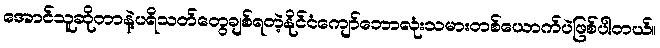
အောင်သူဆိုတာနဲ့ပရိသတ်တွေချစ်ရတဲ့နိုင်ငံကျော်ဘောလုံးသမားတစ်ယောက်ပဲဖြစ်ပါတယ်။